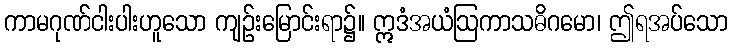
ကာမဂုဏ်ငါးပါးဟူသော ကျဉ်းမြောင်းရာ၌။ ဣဒံအယံဩကာသဓိဂမော၊ ဤရအပ်သော